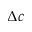
\Delta c